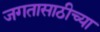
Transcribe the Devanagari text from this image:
जगतासाठीच्या